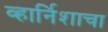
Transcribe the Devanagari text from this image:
व्हार्निशाचा